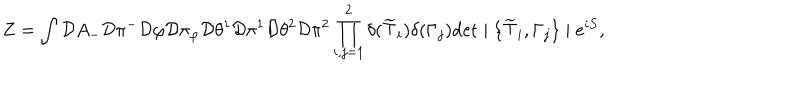
LaTeX: Z = \int { \cal D } A _ { - } { \cal D } \pi ^ { - } { \cal D } \varphi { \cal D } \pi _ { \varphi } { \cal D } \theta ^ { 1 } { \cal D } \pi ^ { 1 } { \cal D } \theta ^ { 2 } { \cal D } \pi ^ { 2 } \prod _ { i , j = 1 } ^ { 2 } \delta ( \widetilde { \top } _ { i } ) \delta ( \Gamma _ { j } ) \mathrm { d e t } \mid \{ \widetilde { \top } _ { i } , \Gamma _ { j } \} \mid e ^ { i S } ,